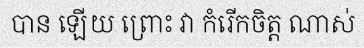
បាន ឡើយ ព្រោះ វា កំរើកចិត្ត ណាស់